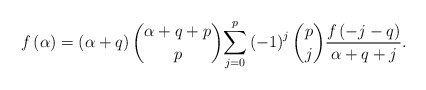
\begin{align*}f\left( \alpha \right) =\left( \alpha +q\right) \binom{\alpha +q+p}{p}\underset{j=0}{\overset{p}{\sum }}\left( -1\right) ^{j}\binom{p}{j}\frac{f\left( -j-q\right) }{\alpha +q+j}. \end{align*}